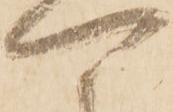
可